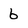
Character: b